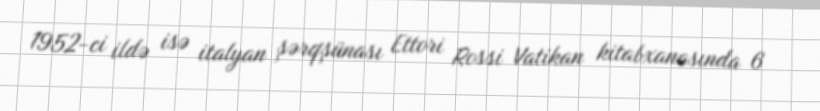
1952-ci ildə isə italyan şərqşünası Ettori Rossi Vatikan kitabxanasında 6